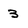
Character: 3